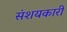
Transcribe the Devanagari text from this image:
संशयकारी